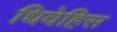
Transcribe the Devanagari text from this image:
धिवेहिस